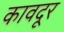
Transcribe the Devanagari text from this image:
कावदूर